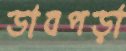
ডাবপড়া